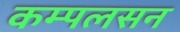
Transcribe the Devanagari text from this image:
कम्पलसन